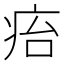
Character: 㾂